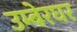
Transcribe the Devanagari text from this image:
उम्बेरघर